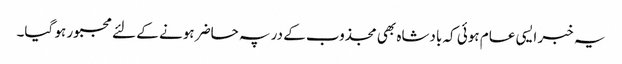
یہ خبر ایسی عام ہوئی کہ بادشاہ بھی مجذوب کے در پہ حاضر ہونے کے لئے مجبور ہو گیا۔